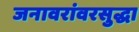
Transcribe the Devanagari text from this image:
जनावरांवरसुद्धा